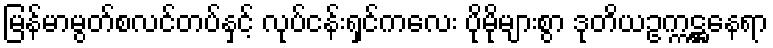
မြန်မာမွတ်စလင်တပ်နှင့် လုပ်ငန်းရှင်ကလေး ပိုမိုများစွာ ဒုတိယဥက္ကဋ္ဌနေရာ